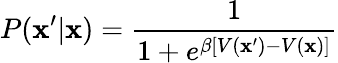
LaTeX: P(\mathbf{x}^{\prime}|\mathbf{x})=\frac{{1}}{{1+e^{\beta[V(\mathbf{x}^{\prime})-V(\mathbf{x})]}}}